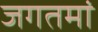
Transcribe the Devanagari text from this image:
जगतमां